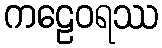
ကဠေဝရဿ